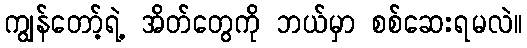
ကျွန်တော့်ရဲ့ အိတ်တွေကို ဘယ်မှာ စစ်ဆေးရမလဲ။